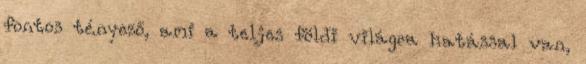
fontos tényező, ami a teljes földi világra hatással van,